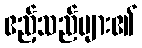
ဧည့်သည်များ၏